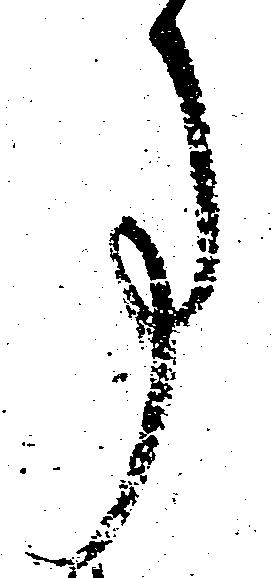
事